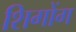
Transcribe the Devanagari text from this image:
शिगोंग